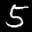
Label: 5